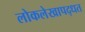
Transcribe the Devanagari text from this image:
लोकलेखापद्धत